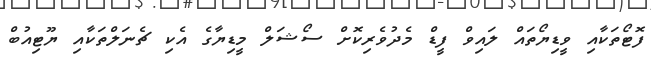
ފޮޓޯތަކާއި ވީޑިޔޯތައް ލައިވް ފީޑް މެދުވެރިކޮށް ސޯޝަލް މީޑިޔާގެ އެކި ޗެނަލްތަކާއި ޔޫޓިއުބް